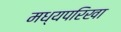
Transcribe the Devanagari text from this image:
मध्यपरिखा